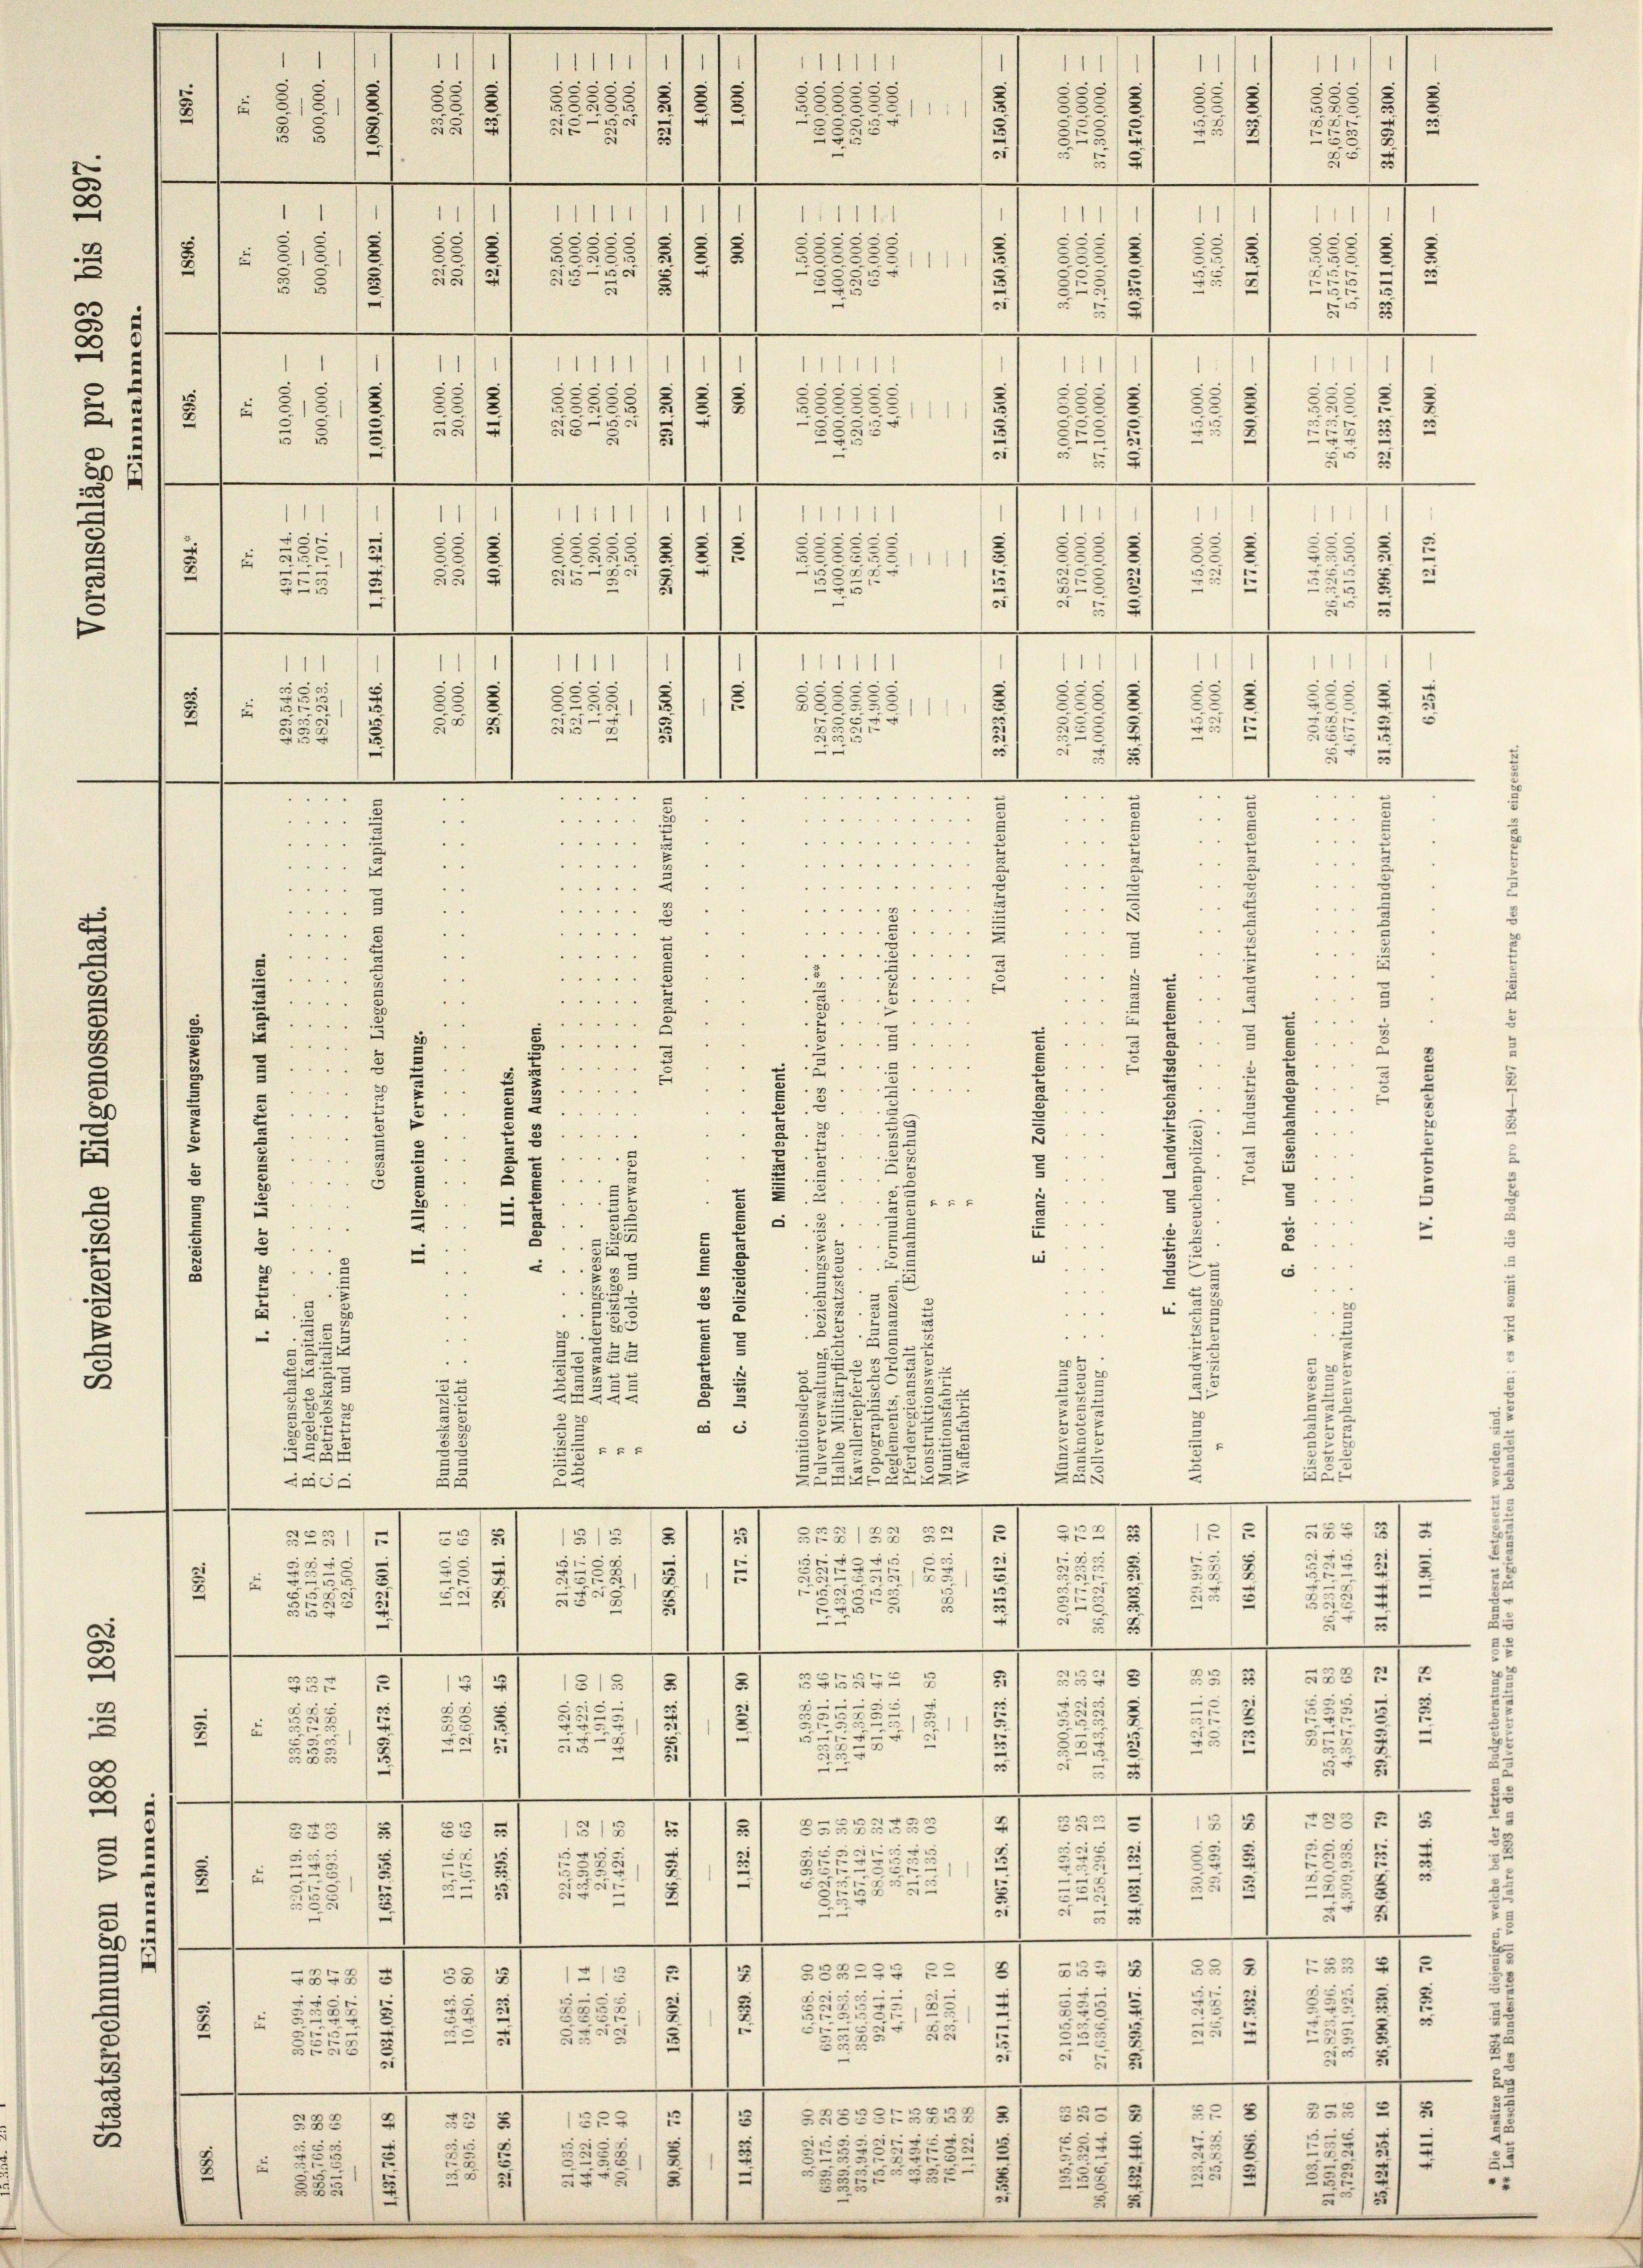
2

26

2

2
.
t

2

511
1
1
3

2
25
1
.
2
2
.
3
s
1
e
u
.
s
52
1
.
u
.
5
2
2
i
e
5
x
1
11
u
.
515
3
3
11
1
u
2
2
.
e
5
2
1
2
e
1

.
.
 254 " "
e

.
u
. . . . . . . " "
"
2
e
 . . . . . . . . .
..
 . . . .
2
..
B
 . . . . . . .

4 x 2
.

.
3
. . . .
 . . .
 . . . .
 . . .
 . . . .
u
3
.
.
8
4
 ...
2
e
3
.
5
3

.
6

5

g
2.
.
5

u
1

.
2
ux
1
.
.
u
.
x
s
¬
e
2
5
8
22 x
.
e

8
s
ss
83:
2.
5

2
5

.
“
u
x
.
1
8
5
8
2
2
e
3
e
s
x
2
e
0
2
u
22
5

2
i
5.
u
2
e
.
25
2
5
 55
3
.
E
u
2:
xx
.
22
2
255
5
 xx
2
32
e
u
u
Leide
—
—
.
—
—
—
.
2
F
25
.
2
3
22 § 125
1515 18
3)
322
 52
2
u
5
.
e

e
2
3
2
u
5
2
15
12
u
12
.
55
2
.
u
2
5
u
u
u
15
2
5
e
u
2
—
.
.
.
.
e
.
e
288
e
2
5
2
2
1315
S134
3
2
252
e
e
¬
u
 D
2
2
.
3
55
5
u
r
u
3.
7.
-
5
2:
5
5
5
8
¬
2
2
¬
1
3
3
—
—
.
.
.
e
“
e
.
21
552
3555252
3
28
52
5
§ 13
5
535
1
s
u
2
2
2
8
x
25
.
s
21
u
5
e
1
s
.
u
e
5
u
12
225
2)
5
u
—
u
—
.
e
—
—
e
—
2
A
—
e
35
.
.
33
2
3
S32255 2-
2
2
12/5
858
3
3

55
n
e
e
5
22
85
5
2
5
u
i
u
c
5
5
2
2
s
2
5,5
e
8
2
e
—
.
—
.
—
.
e
2
e
.
3
3/8
.
SB82SE2858/5
225
3
3
535
22
e
7
E
2
18
u
85
12
28
5552035
z
1
55
2
5
2
.
1
1
15
2
22
15
5

.

1
2

1
,
111
1
1

2
8
2
555.
1
12
6
3
 51
55
5
8
 x
2
u

22
2
5
55
3
2
15
22
1
5
s
222
s
u
55
22
u
¬
x
25
E
2
.
e
1
11
1
1
¬
e
2
552
.

2
25
5
55/8
e
2

e
5
 . .
2

e
18
.
 2

5
111
111111
.
2/2
53
25
1
S52

8888
u
u

5

2
2
s

2
"
 . . . .
..
.
"
5
. . . .
2

 . . .
E
.
4
E
"
 . .
b

2

d
.
8
"
5...
"

.
.
.
d
.
d
5
5
2
.
3

s
3
3
e

2.

.

2

1
2
2
E
2

—
—
e
1
5
5
2
u
.
.
i